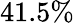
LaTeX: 41.5\%